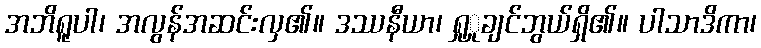
အဘိရူပါ၊ အလွန်အဆင်းလှ၏။ ဒဿနီယာ၊ ရှုှုချင်ဘွယ်ရှိ၏။ ပါသာဒိကာ၊